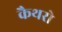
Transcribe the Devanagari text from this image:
कैथरो